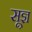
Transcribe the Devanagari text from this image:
सू़ज्ञ